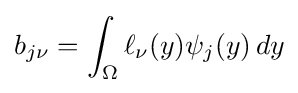
b_{j\nu }=\int _{\Omega }\ell _{\nu }(y)\psi _{j}(y)\,dy